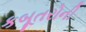
કબૂતરોની